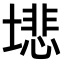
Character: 𫮦